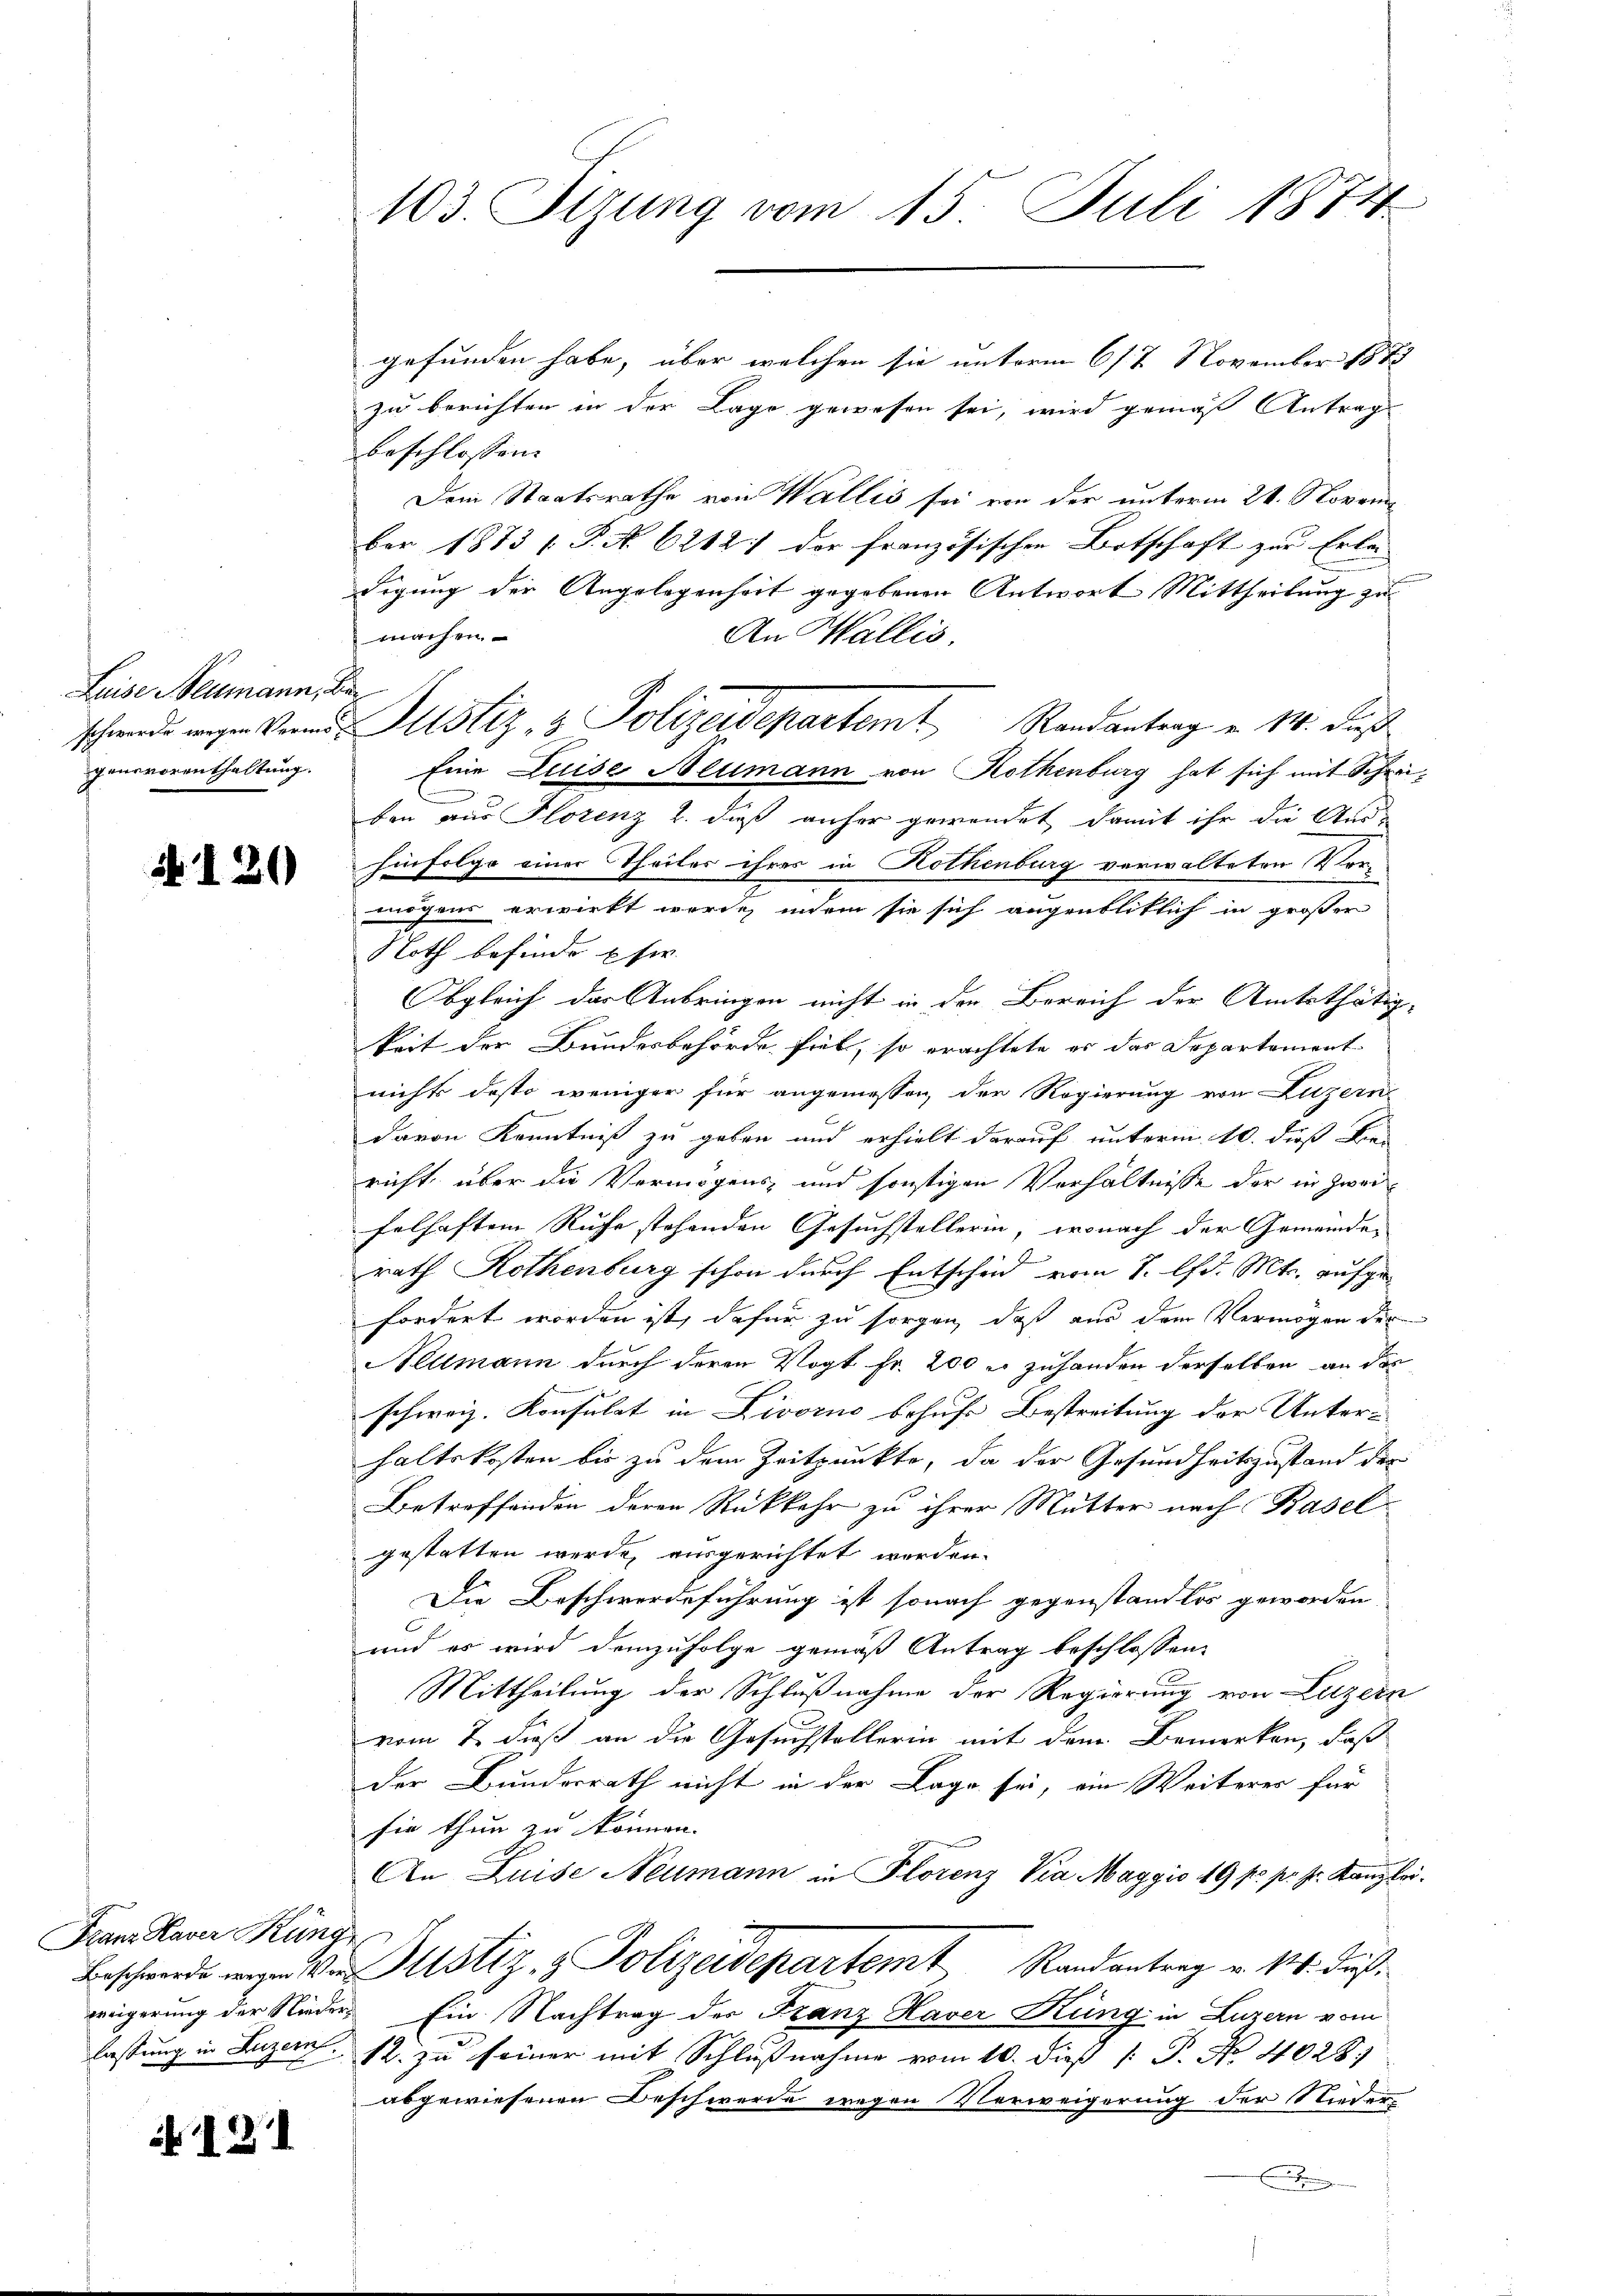
Luise Neumann, Ber
gensvorenthaltung.

b. I 30

Franz Haver Küng

N. 131

103. Sizung vom 15. Juli 1874

gefunden habe, über welchen sie unterm 6/7 November 1882
zu berichten in der Lage gewesen sei, wird gemäß Antrag
beschlossen:
Dem Staatsrathe von Wallis sei von der unterm 21. Novem
ber 1873 / P. No. 62121 der französischen Botschaft zur Erle
digung der Angelegenheit gegebenen Antwort Mittheilung zu
machen.
An Wallis,
schwende wegen Band Plistiz & Polizeidepartem Randantrag u. 14. daß
Eine Luise Neumann von Rothenburg hat sich mit Schrei¬
.
ben aus Florenz u. dieß anher gewendet damit ihr die Aus-
hinfolge einer Theiler ihres in Rothenburg verwalteten Vormögens erwirkt wurde, indem sie sich augenblicklich in großer
Noth befinde Eher
Obgleich das Anbringen nicht in den Bereich der Amtsthätig-
keit der Bundesbehörde fiel, so erachtete er das Departement
nichts desto weniger für angemessen, der Regierung von Luzern
davon Kenntniß zu geben und erhielt darauf unterm 10. dieß die-
richt, über die Vermögens und sonstigen Verhältnisse der in Zweifelhaften Ruhe stehenden Gesuchstellerin, wonach der Gemeinde-
rath Rothenburg schon durch Entscheid vom 1. d. Mts. aufgefordert worden ist, dafür zu sorgen, daß aus dem Vermögen der
eltmann durch deren Vogt Fr. 200 r. zuhanden derselben an des
schweiz. Konsulat in Livorno behufe Bestreitung der Unter-
haltskosten bis zu dem Zeitpunkte, da der Gesundheitszustand der
Betreffenden deren Rückkehr zu ihrer Mutter nach Basel
gestatten wurde, ausgerichtet werden.
Die Beschwerdeführung ist sonach gegenstandlos geworden
und es wird demzufolge gemäß Antrag beschlossen:
Mittheilung der Schlußnahme der Regierung von Luzern
vom 7. dieß an die Gesuchstellerin mit dem Bemerken, daß
der Bundesrath nicht in der Lage sei, ein Weiterer für
sie thun zu können.
An Luise Neumann in Florenz Via Maggio 19 f. pr. Fr. Kanzlei.
Beschwerd wo V. ustiz & Polizeidepartem Randantrag v. 14. Fuß
weigerung der Nieder Ein Nachtrag der Franz Haver Küng in Luzern vom
lassung in Luzern zu seiner mit Schlußnahme vom 10. dieß P. No 4028.)
abgewiesenen Beschwerde wegen Verweigerung der Nieder¬